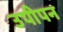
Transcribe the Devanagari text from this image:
उपीपन